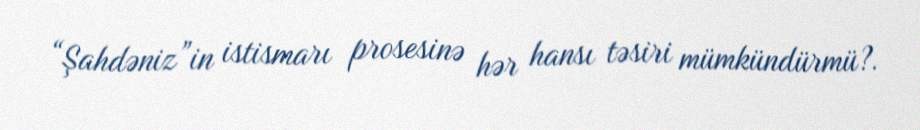
“Şahdəniz”in istismarı prosesinə hər hansı təsiri mümkündürmü?.